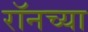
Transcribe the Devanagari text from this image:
रॉनच्या